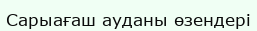
Сарыағаш ауданы өзендері